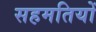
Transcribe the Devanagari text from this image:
सहमतियों